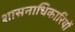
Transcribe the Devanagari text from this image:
शासनाधिकारियों